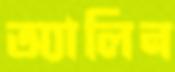
অ্যালিন